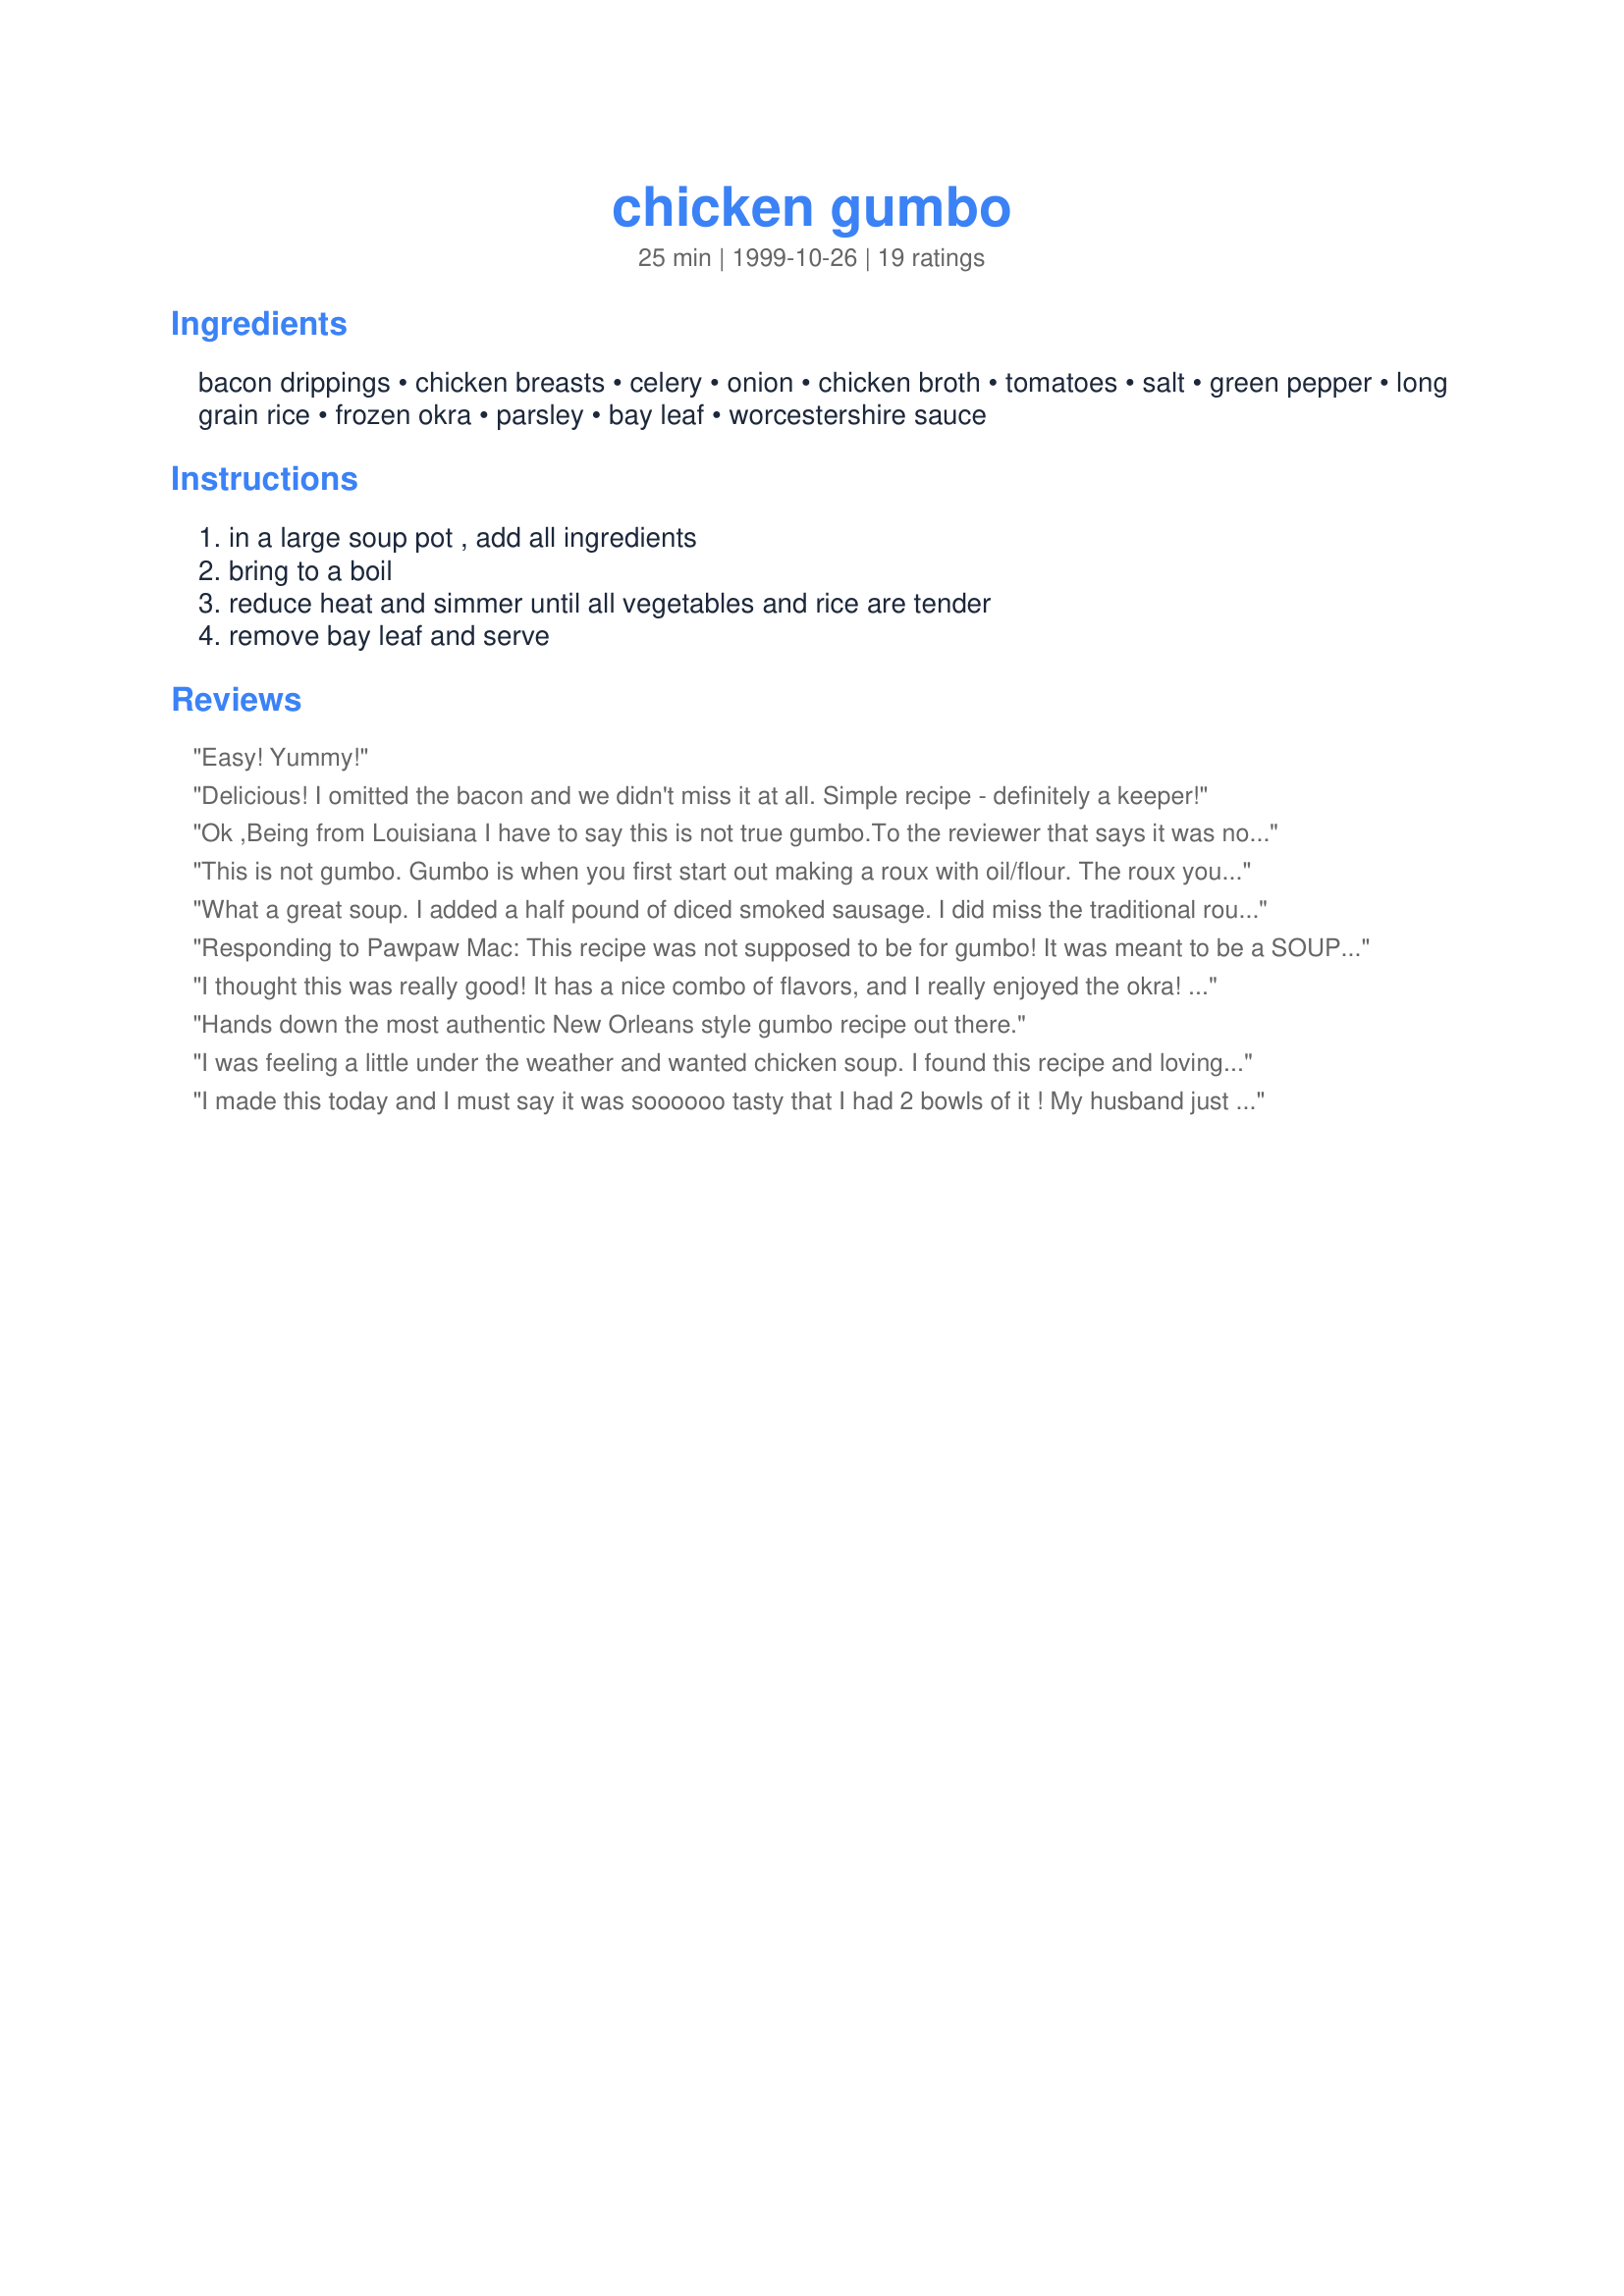
chicken gumbo
Preparation time: 25 minutes

Ingredients:
bacon drippings, chicken breasts, celery, onion, chicken broth, tomatoes, salt, green pepper, long grain rice, frozen okra, parsley, bay leaf, worcestershire sauce

Steps:
in a large soup pot , add all ingredients, bring to a boil, reduce heat and simmer until all vegetables and rice are tender, remove bay leaf and serve

Reviews:
Easy! Yummy!
Delicious! I omitted the bacon and we didn't miss it at all. Simple recipe - definitely a keeper!
Ok ,Being from Louisiana I have to say this is not true gumbo.To the reviewer that says it was not intended to be then maybe the name should be different.I don't believe it was intended to start an argument howeve this is a good soup!
This is not gumbo. Gumbo is when you first start out making a roux with oil/flour. The roux you want the color of peanut butter or DARKER. If you smell burn..throw out and start over. It takes roughly 30-45 min. slow cookn&#039; to make this roux constantly stirring. Then you add your trinity which consist of onion/peppers/celery...let this sweat a bit then add you stock made from the chicken bones or the shrimp/crab shells. You bring this to a boil then simmer for a couple hours.......add your cooked meat, chopped okra and simmer for another 30 min. Check for seasoning using cayenne pepper, garlic powder and salt. Of course you know to season the water you are making the stock with also. If you are making a seafood gumbo add the okra first...cook for 30 min. until okra is done then add seafood and cook for 5 minutes. Turn off and let sit 15 minutes b4 serving over hot rice. Top off with FILE&#039;. I do not use tomatoes at all in my gumbo.
What a great soup. I added a half pound of diced smoked sausage. I did miss the traditional roux, but loved the fact I didn't have to stand over the stove making the roux. Thanks for a great recipe.
Responding to Pawpaw Mac: This recipe was not supposed to be for gumbo! It was meant to be a SOUP with flavors reminiscent of gumbo. When people want gumbo, they seek out authentic gumbo. But sometimes they just want a soup that is lighter and has some of the notes of a gumbo. That was the intent, I believe, of this recipe.
I thought this was really good! It has a nice combo of flavors, and I really enjoyed the okra! It is a great dish to serve on a chilly day... thanks so much for posting it :)
Hands down the most authentic New Orleans style gumbo recipe out there.
I was feeling a little under the weather and wanted chicken soup. I found this recipe and loving gumbo made it for dinner. I left off the bacon drippings and used some grilled chicken strips. The okra, tomatoes and green peppers were fresh from t he garden. I did add some freshly ground pepper and a medium diced carrot. Delicious and filling.
I made this today and I must say it was soooooo tasty that I had 2 bowls of it ! My husband just loves it too. Thanks for share it !
I recommend this Gumbo to anyone !
Wonderful, healthy recipe. Highly recommended. Suggested minor modifications: add an extra bay leaf and skip the bacon drippings and green peppers.
Gumbo has a long and storied history. When you go back to the roots, in a regional sense, there are two types. The white or Cajun gumbo from southwest or south-central Louisiana, and the red or Creole gumbo which developed around New Orleans where tomatoes were more readily available. This recipe is neither. <br/><br/>This simply isn%u2019t gumbo. It is a very bland vegetable chicken soup that leaves anybody trying gumbo for the first time thinking%u2026 it is really strange that all those rednecks down on the Gulf Coast love this stuff so much? Please folks gumbo is really good and shouldn%u2019t have it%u2019s good name sullied by something that isn%u2019t gumbo. This chicken soup might be a great tummy warmer in the dead of winter in Wisconsin but nothing more. <br/><br/>I made this recipe just to see if the recipe I%u2019ve used for years was simply too complex for no good reason. It may be a bit more complex but there is a reason that people have made gumbo this way for 150 years. This concoction as it stands tasted a lot like hospital food. The things that are missing here that remain critical to creation of authentic gumbo are, to name a few: thyme, basil, cayenne pepper and although thickened with okra a little file%u2019 powder would add the final essence of a really tasty gumbo. Deglazing the trinity with a little white wine would also add body and character. Lastly a really thick dark brown roux is a must to carry the complex and wonderful mixture of ingredients in gumbo to the next level. I gave this recipe a one because it is chicken soup, and I like chicken soup, but unless renamed I would give it a large negative number if they were available for forgeries.
I made this today for dinner and my husband and I really really enjoyed it. The only thing that I added was 1/4 tea. of garlic powder and pepper. I also cooked one cup of rice in some chicken broth separate since I wanted more rice than called for. Other than that it was delicious and will be added to my favorites!! Thanks so much for the recipe.
This was excellent soup. It had a lot more flavor than I expected it to. I left out the bacon and green peppers. I increased the rice to 1/2 cup and increased the okra to 2 cups. Since I increased those two things I also added an extra cup of water. Normally I'd use dried parsley even if the recipe calls for fresh, but this time I used fresh parsley and I'm glad I did. I'll use the fresh parsley again next time. I only used one small chicken breast but I still thought there was enough chicken in it. Thanks for sharing this great recipe!
I loved it thank you so much. I added Cayenne to mine...but I love everything spiced up!
Real southerners wouldn't touch that with a 10 ft. pole. You have to make a roux first, equal parts of oil and flour, stir til a golden brown, or til the color of peanut butter, don't dare leave it, it burns very quickly. Then saute your celery, onions, bell peppers, garlic, and okra, if you like okra or don't add it if you don't like it, at a low heat, for about 20 min. Stir often!! When the veggies are a clear color, then add your spices and tomatoes, and chicken broth, boil hard for 15 min. then add the cooked chicken or any kinds of meat that you like. Cook that real slow for about 1 hr. That is the way you cook real Cajun gumbo.
Great,I added red peppers instead of green and diced tomatoes.
This was so yummy. I did omit the okra due to the fact I am not a fan. Also this made more than 3 servings, but no complaints here.
Yummy. We had a lot of okra to use so we upped that quite a bit (I'd say we used about 3cups). I omitted the green peppers and added some basic spices (thyme, pepper, paprika, etc). Made a great supper.
